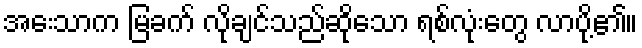
အေးသာက မြခက် လိုချင်သည်ဆိုသော ရစ်လုံးတွေ လာပို့၏။